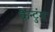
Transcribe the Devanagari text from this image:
कैन्टुंग